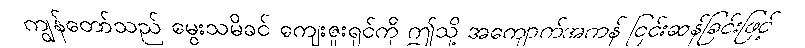
ကျွန်တော်သည် မွေးသမိခင် ကျေးဇူးရှင်ကို ဤသို့ အကျောက်အကန် ငြင်းဆန်ခြင်းဖြင့်